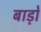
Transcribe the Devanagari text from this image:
बाड़ो